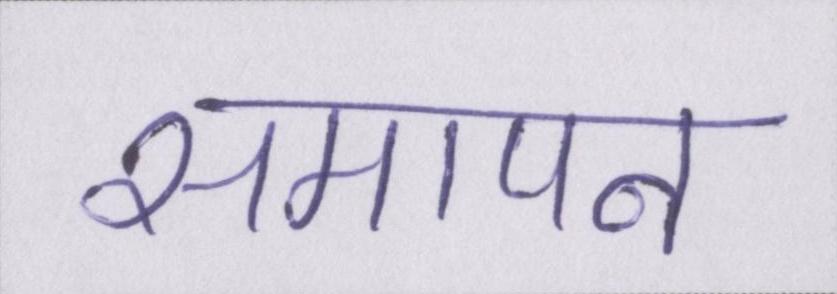
समापन